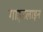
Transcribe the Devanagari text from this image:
गाइडलाइन